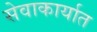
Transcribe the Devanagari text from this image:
सेवाकार्यात